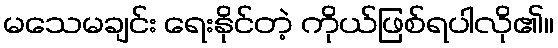
မသေမချင်း ရေးနိုင်တဲ့ ကိုယ်ဖြစ်ရပါလို၏။